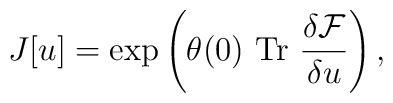
{J}[u]=\exp \left(\theta(0)~{\rm Tr}~\frac{\delta{\cal F}}{\delta {u}}\right),